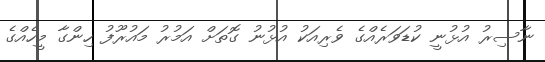
ނާސިރު އުޅުނީ ކުޑަވަރެއްގެ ވެރިއަކު އުޅުނު ގޮތަށް އަމުރު މައުރޫފު ހިންގާ މީހެއްގެ